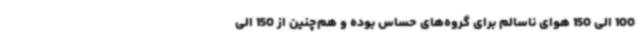
100 الی 150 هوای ناسالم برای گروه‌های حساس بوده و هم‌چنین از 150 الی